Leaving Certificate Examination (including Day School Certificate (Higher) General paper), 1935
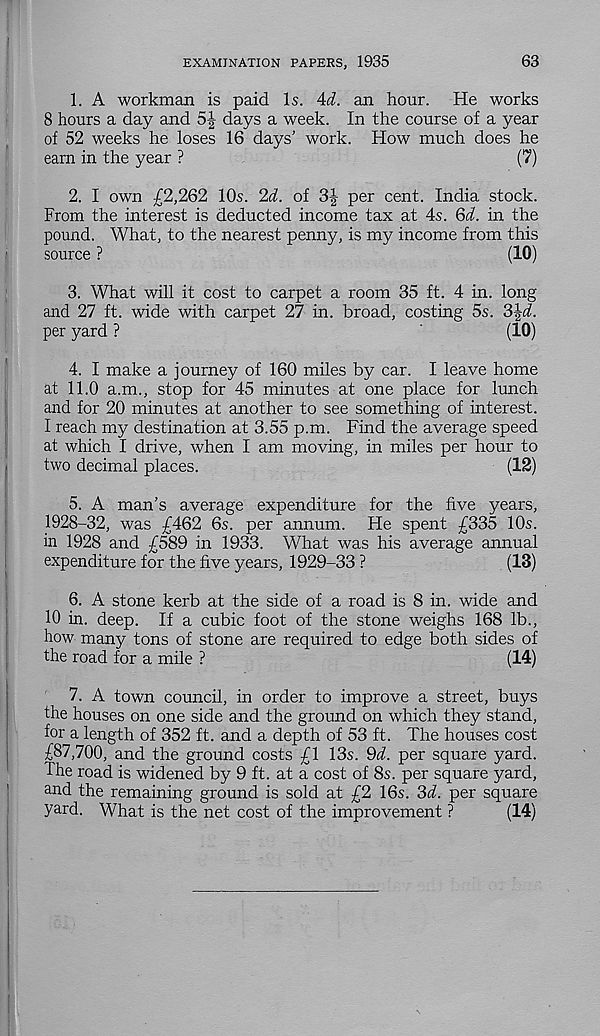
EXAMINATION PAPERS, 1935
63
1. A workman is paid Is. 4J. an hour.
He works
8 hours a day and 5| days a week. In the course of a year
of 52 weeks he loses 16 days' work. How much does he
earn in the year ?
(7)
2. I own £2,262 10s. 2d. of 3J per cent. India stock.
From the interest is deducted income tax at 4s. 6d. in the
pound. What, to the nearest penny, is my income from this
source ?
(10)
3. What will it cost to carpet a room 35 ft. 4 in. long
and 27 ft. wide with carpet 27 in. broad, costing 5s. 3|i.
per yard ?
'
(10)
4. I make a journey of 160 miles by car. I leave home
at 11.0 a.m., stop for 45 minutes at one place for lunch
and for 20 minutes at another to see something of interest.
I reach my destination at 3.55 p.m. Find the average speed
at which I drive, when I am moving, in miles per hour to
two decimal places.
(12)
5. A man’s average expenditure for the five years,
1928-32, was £462 6s. per annum. He spent £335 10s.
in 1928 and £589 in 1933. What was his average annual
expenditure for the five years, 1929-33 ?
(13)
6. A stone kerb at the side of a road is 8 in. wide and
10 in. deep. If a cubic foot of the stone weighs 168 lb.,
how many tons of stone are required to edge both sides of
the road for a mile ?
(14)
7. A town council, in order to improve a street, buys
the houses on one side and the ground on which they stand,
for a length of 352 ft. and a depth of 53 ft. The houses cost
£87,700, and the ground costs £1 13s. 9i. per square yard.
The road is widened by 9 ft. at a cost of 8s. per square yard,
and the remaining ground is sold at £2 16s. 2>d. per square
yard. What is the net cost of the improvement ?
(14)